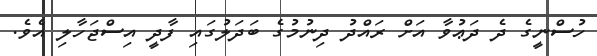
ހުސްނީގެ ދެ ދަޢުވާ އަށް ރައްދު ދިނުމުގެ ބަދަލުގައި ފާދީ އިސްޖަހާލި އެވެ.